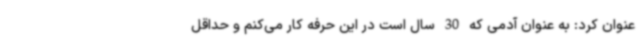
عنوان کرد: به عنوان آدمی که 30 سال است در این حرفه کار می‌کنم و حداقل